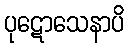
ပုဋောသေနာပိ